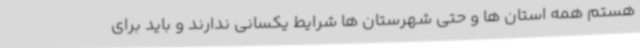
هستم همه استان ها و حتی شهرستان ها شرایط یکسانی ندارند و باید برای